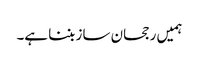
ہمیں رجحان ساز بننا ہے۔